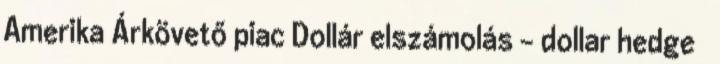
Amerika Árkövető piac Dollár elszámolás – dollar hedge